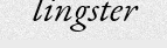
lingster